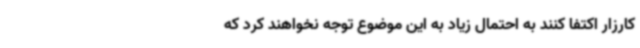
کارزار اکتفا کنند به احتمال زیاد به این موضوع توجه نخواهند کرد که